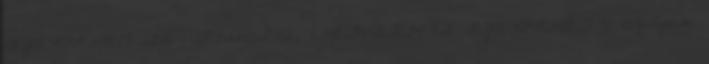
GYAKORLAT 2015 1 TECHNIKA, ÉLETVITEL ÉS GYAKORLAT 5. évfolyam